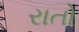
રાતો